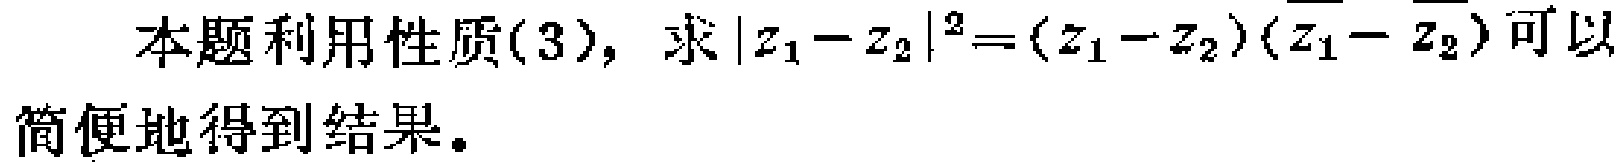
本题利用性质(3)，求\(\vert z_1 - z_2 \vert^2=(z_1 - z_2)(\overline{z_1}-\overline{z_2})\)可以简便地得到结果。